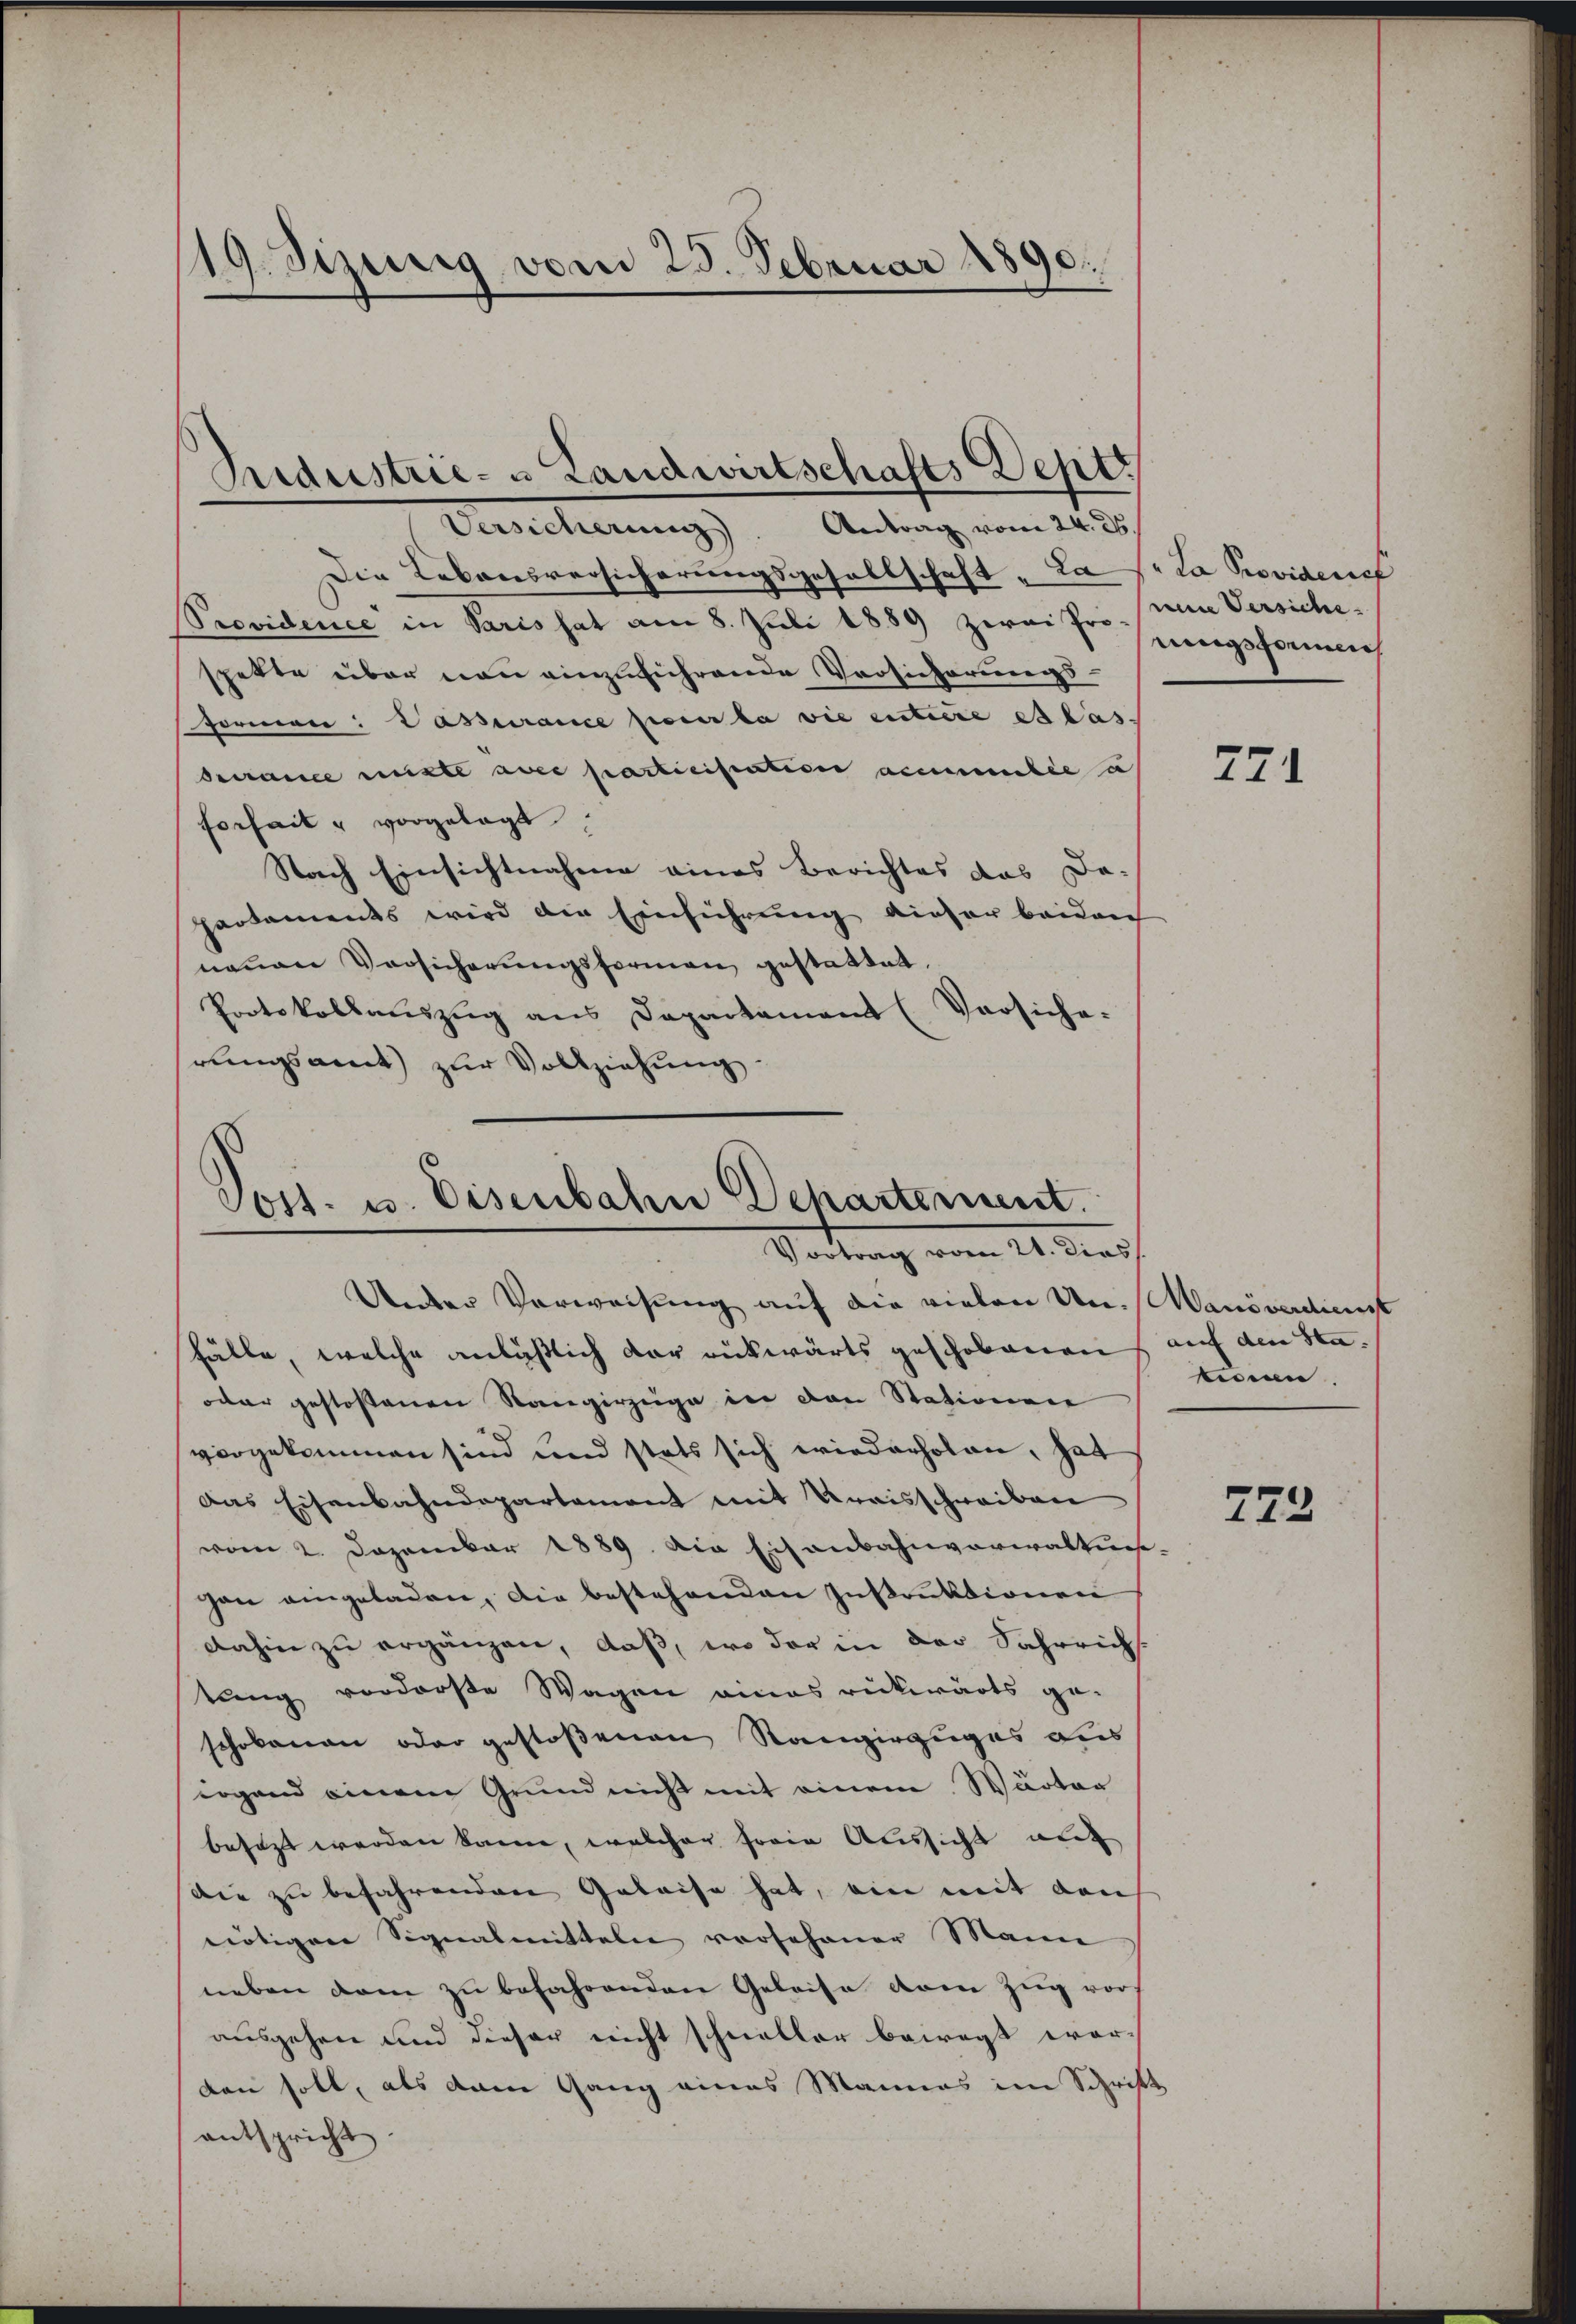
19. Seinig vom 25. Februar 1890.

Pedustrie- u Landwirtschafts Depos
Versicherung. Antrag vom 24. ds.

Die Lebensversicherungsgesellschaft „La so la Providene
Previdence in Paris hat am 8. Juli 1889 zwei Sr hungsformlich
spette über non einzuführende Versicherungsformen: Passurance pour la vie entire et las
France mitte avec participation accentie u
forheit u vorgelegt.
Nach Einsichtnahme eines Berichtes das Da-
partaments wird die Einführung dieser beiden
neuen Vorsicherŭngsformen gestattet.
Protokollauszug aus Departament (Versiche.
rungsamt zur Vollziehung.

Post. u. Eisenbahn Dekartement.
Vortrag vom 14. Da
Unter Verweisung auf die vielen Un-Manöverdienst

neine Versiche

fälle, welche anläßlich der rückwärts geschobenen auf den Sta¬
oder gestoßenen Rangirzüge in den Stationen
vorgekommen sind und stets sich wiederholen, hat
Das Eisenbahndepartement mit Kreisschreiben
vom 2. Dezember 1889. Die Eisenbahnverwalts-
gan eingeladen, die bestehenden Instruktionen
dahin zu ergänzen, daß, wo der in der Fahrrichs.
tung vordroße Wagen eines rückwärts ge-
schobenen oder gestoßenen Rangirzuges des
irgend einem Grund nicht mit einem Wärter
besezt werden könne, welcher freie Aussicht auf
Die zu befahrenden Geleise hat, ein mit den
nötigen Signalmitteln vorsehener Mann
neben dem zu befahrenden Geleise vom Zŭg vor-
ausgehen und dieser nicht schneller bewegt worden soll, als dem Gang eines Mannes im Schrift
entspricht.

271

tman

772